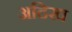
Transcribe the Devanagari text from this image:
अदिख